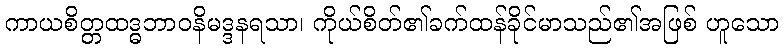
ကာယစိတ္တထဒ္ဓဘာဝနိမဒ္ဒနရသာ၊ ကိုယ်စိတ်၏ခက်ထန်ခိုင်မာသည်၏အဖြစ် ဟူသော